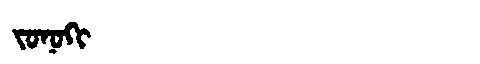
Manchu: ᠵᠣᠨᠣᡴᡳ
Romanization: JONOKI